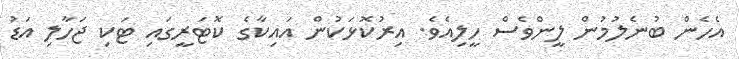
އެހެން ބުނެލުމުން ލީންވެސް ހީލިއެވެ. އިރުކޮޅަކުން އައިކާގެ ކޮޓަރީގައި ޓަކި ޖަހާލި އަޑު